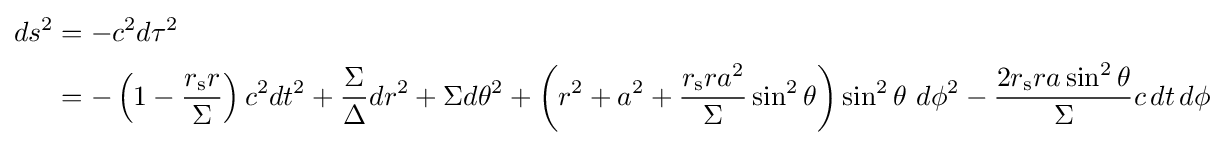
{\begin{aligned}ds^{2}&=-c^{2}d\tau ^{2}\\&=-\left(1-{\frac {r_{\text{s}}r}{\Sigma }}\right)c^{2}dt^{2}+{\frac {\Sigma }{\Delta }}dr^{2}+\Sigma d\theta ^{2}+\left(r^{2}+a^{2}+{\frac {r_{\text{s}}ra^{2}}{\Sigma }}\sin ^{2}\theta \right)\sin ^{2}\theta \ d\phi ^{2}-{\frac {2r_{\text{s}}ra\sin ^{2}\theta }{\Sigma }}c\,dt\,d\phi \end{aligned}}